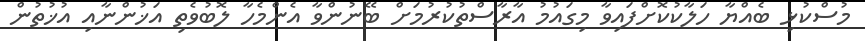
މުސްކުޅި ބެއްޔާ ހަލާކުކޮށްފައިވާ މިގައުމު އާރާސްތުކުރުމަށް ބޭނުންވާ އެންމެހާ ލޮބުވެތި އަޚުންނާއި އުޚުތުން